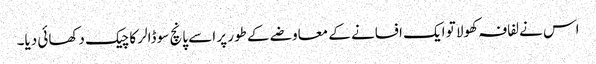
اس نے لفافہ کھولا تو ایک افسانے کے معاوضے کے طور پر اسے پانچ سو ڈالر کا چیک دکھائی دیا۔